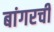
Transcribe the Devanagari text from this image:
बांगरची